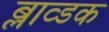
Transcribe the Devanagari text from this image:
ब्लाव्डक